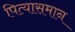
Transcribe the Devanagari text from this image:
पित्यासमान